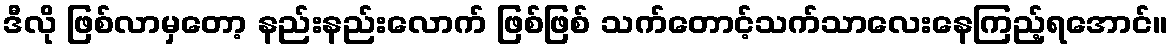
ဒီလို ဖြစ်လာမှတော့ နည်းနည်းလောက် ဖြစ်ဖြစ် သက်တောင့်သက်သာလေးနေကြည့်ရအောင်။